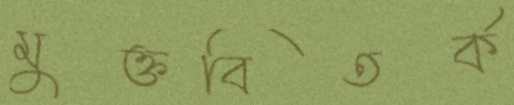
মুক্তবিতর্ক